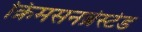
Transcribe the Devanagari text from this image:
क्रिमसनब्रेस्टेड